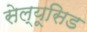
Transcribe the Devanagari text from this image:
सेल्यूसिड